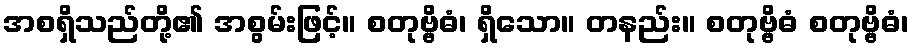
အစရှိသည်တို့၏ အစွမ်းဖြင့်။ စတုဗ္ဗိဓံ၊ ရှိသော။ တနည်း။ စတုဗ္ဗိဓံ စတုဗ္ဗိဓံ၊